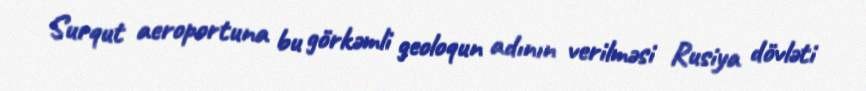
Surqut aeroportuna bu görkəmli geoloqun adının verilməsi Rusiya dövləti